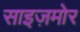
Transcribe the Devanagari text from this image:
साइज़मोर